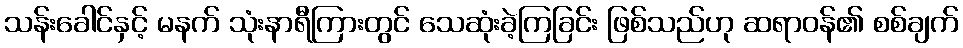
သန်းခေါင်နှင့် မနက် သုံးနာရီကြားတွင် သေဆုံးခဲ့ကြခြင်း ဖြစ်သည်ဟု ဆရာဝန်၏ စစ်ချက်